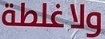
ولاغلطة